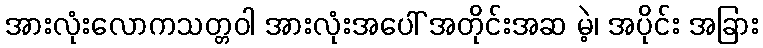
အားလုံးလောကသတ္တဝါ အားလုံးအပေါ် အတိုင်းအဆ မဲ့၊ အပိုင်း အခြား